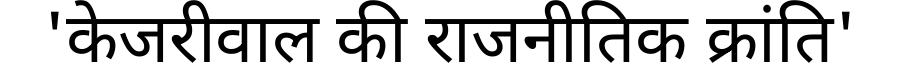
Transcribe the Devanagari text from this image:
'केजरीवाल की राजनीतिक क्रांति'